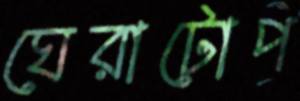
ঘেরাটোপ